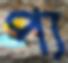
প্য